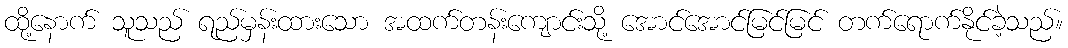
ထို့နောက် သူသည် ရည်မှန်းထားသော အထက်တန်းကျောင်းသို့ အောင်အောင်မြင်မြင် တက်ရောက်နိုင်ခဲ့သည်။